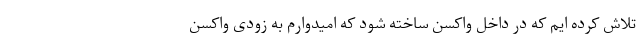
تلاش کرده ایم که در داخل واکسن ساخته شود که امیدوارم به زودی واکسن